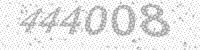
Solution: 444008